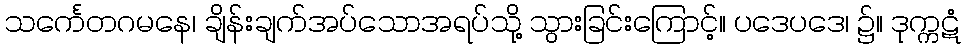
သင်္ကေတဂမနေ၊ ချိန်းချက်အပ်သောအရပ်သို့ သွားခြင်းကြောင့်။ ပဒေပဒေ၊ ၌။ ဒုက္ကဋံ